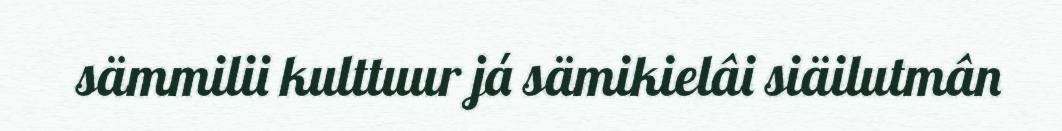
sämmilii kulttuur já sämikielâi siäilutmân